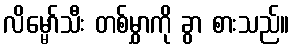
လိမ္မော်သီး တစ်မွှာကို ခွာ စားသည်။